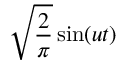
{ \sqrt { \frac { 2 } { \pi } } } \sin ( u t )